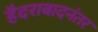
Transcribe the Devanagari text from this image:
हैदराबादनंतर